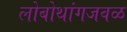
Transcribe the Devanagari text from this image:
लोबोथांगजवळ